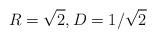
LaTeX: \begin{align*}R = \sqrt2, D = 1/\sqrt2 \end{align*}